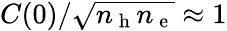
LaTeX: C(0)/\sqrt{n_{\mathrm{~h~}}n_{\mathrm{~e~}}}\approx 1